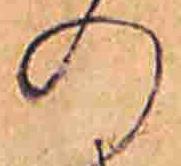
の